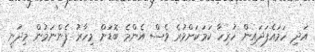
އަދި ހަމައެފަދައިން ހުރިހާ ކަމަކަށްވުރެ ވެސް އެންމެ ބޮޑަށް މިހާރު ފެންނަމުން މިދަނީ